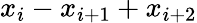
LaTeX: x_{i}-x_{i+1}+x_{i+2}